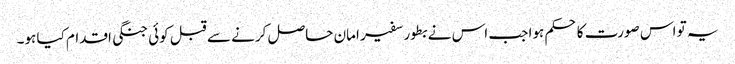
یہ تو اس صورت کا حکم ہوا جب اس نے بطور سفیر امان حاصل کرنے سے قبل کوئی جنگی اقدام کیا ہو۔